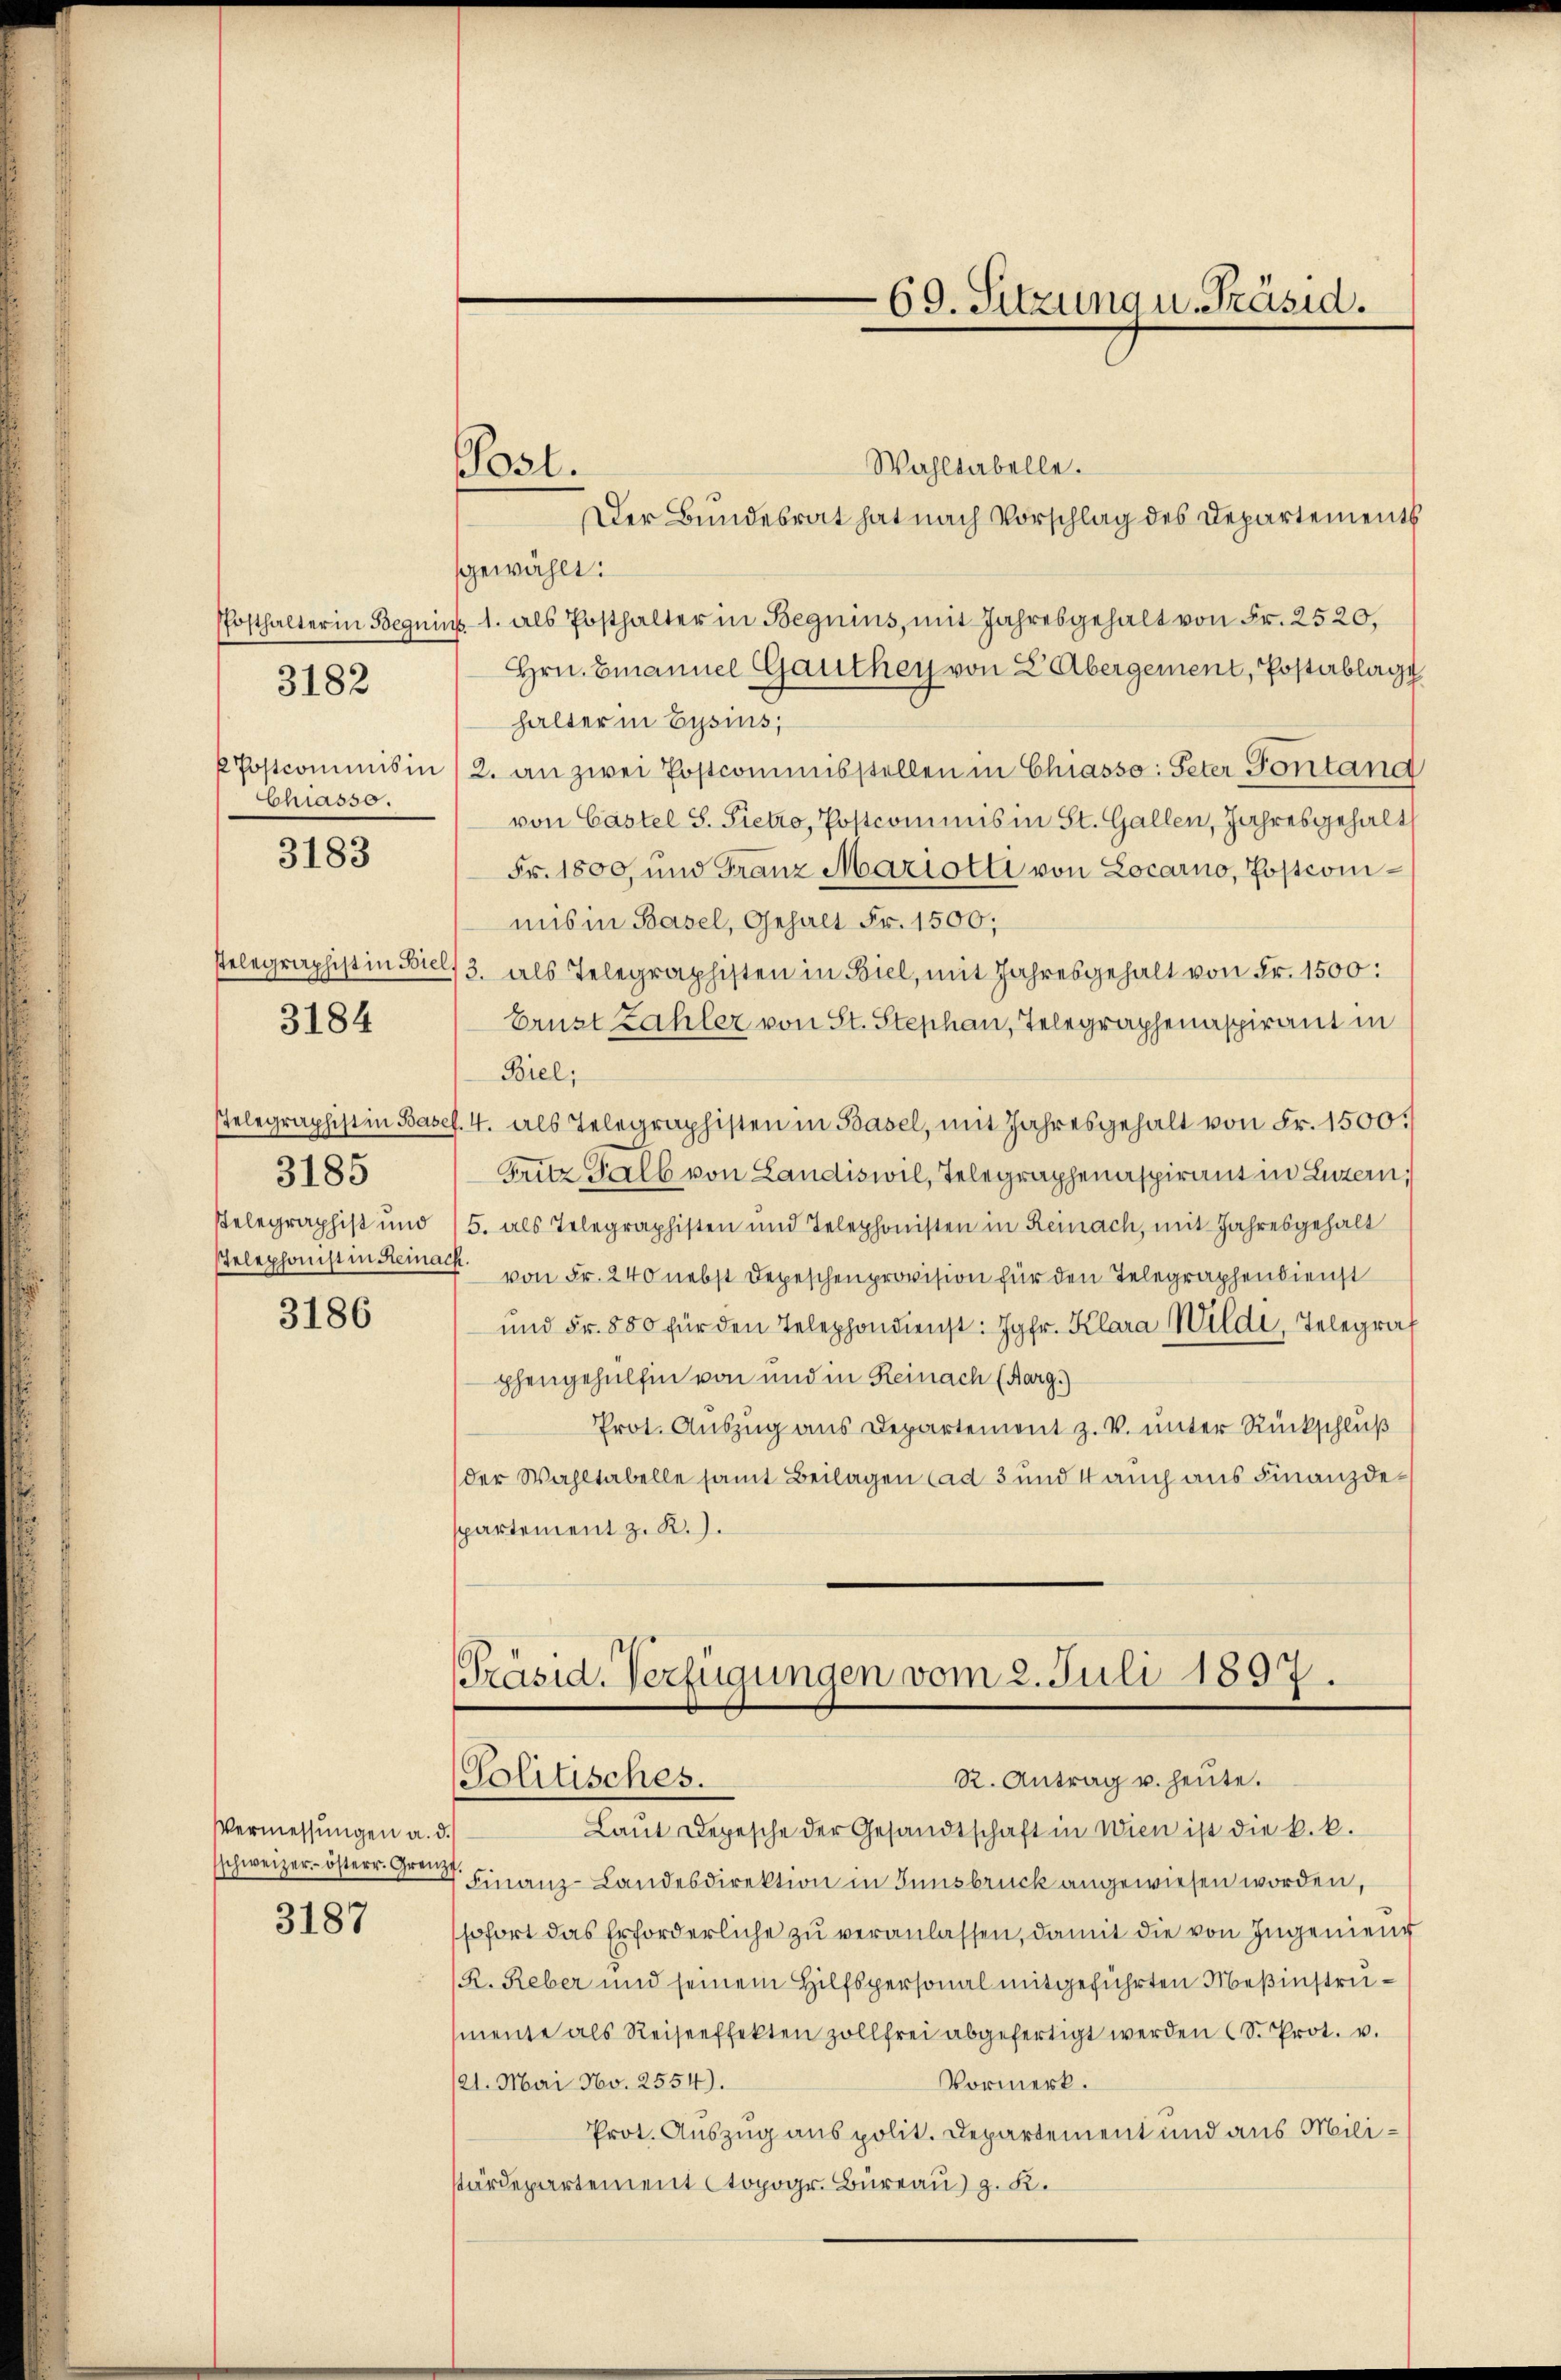
Chiasso.

3182

3183

3184

3185

3186

Vermessungen a. d.
schweizer österr. Grenzt.

3187

Wahltabelle.
Der Bundesrat hat nach Vorschlag des Departements
gewählt:
Ersthalter in Beguins 1. als Posthalter in Beguins, mit Jahresgehalt von Fr. 2520,
Hrn. Emanuel Gauthey von 2. Abergement, Posterblage
halter in Eysius,
 Postcommisin (2. an zwei Postcommisstellen in Chiasso: Peter Fontand
von Castel S. Pietro, Postcommis in St. Gallen, Jahresgehalt
Fr. 1800, und Franz Mariotti von Locarno, Postcomimis in Basel, Gehalt Fr. 1500;
stelegraphist in Biel/3. als Telegraphisten in Biel, mit Jahresgehalt von Fr. 1500:
Brust Zahler von St. Stephan, Telegraphenaspirant in
Biel;
Telegraphist in Basel. 4. als Telegraphisten in Basel, mit Jahresgehalt von Fr. 1500.
Fritz halb von Landiswil, Telegraphenaspirant in Luzern,
Pelegraphist und 15. als Telegraphisten und Telephonisten in Reinach, mit Jahresgehalt
Telephonist in Gemack von Fr. 240 nebst Depeschenprovision für den Telegraphendienst
und Fr. 850 für den Telephondienst: Jgfr. Klara Wildi, Telegraf
phengehülfen von und in Reinach (Aarg.)
Prot. Auszug aus Departement z. V. unter Rückschluß
der Wahltabelle samt Beilagen Cad 3 und 4 auch aus Finanzdepartement z. R.).

Post.

69. Sitzung u. Präsid.

Präsid. Verfügungen vom 2. Juli 1897.
R. Antrag u. heute.
Politisches.

Laut Depesche der Gesandtschaft in Wien ist die k. k.
Finanz-Landesdirektion in Innsbruck angewiesen worden,
sofort das Erforderliche zu veranlassen, damit die von Ingenieur
R. Reber und seinem Hilfspersonal mitgeführten Meßinstrusmente als Reiseeffekten zollfrei abgefertigt werden (S. Prot. v.
Vormerk.
21. Mai No. 2554).
Prot. Auszug aus polit. Departement und aus Milisärdepartement topogr. Büreau) z. K.